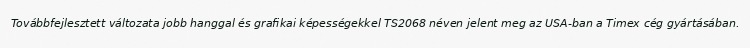
Továbbfejlesztett változata jobb hanggal és grafikai képességekkel TS2068 néven jelent meg az USA-ban a Timex cég gyártásában.